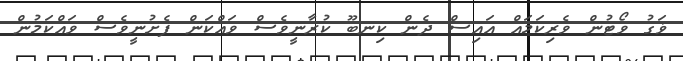
ޥަގު ވޯޓުން ވެރިކަމައް އައިސް ދެން ކިނބޫ ކުރާނީވެސް ވައްކަން ފެށުނީވެސް ވައްކަމުން